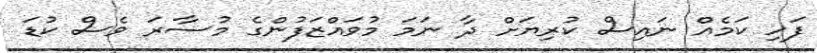
ފަހި ކަމެއް ނައިސް ކުރިޔަށް ދާ ނަމަ މުވައްޒަފުންގެ މުސާރަ ވެސް ކުޑަ